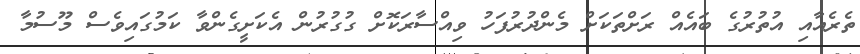
ތެރެއާއި އުތުރުގެ ބައެއް ރަށްތަކަށް މެންދުރުފަހު ވިއްސާރަކޮށް ގުގުރުން އެކަށީގެންވާ ކަަމުގައިވެސް މޫސުމާ